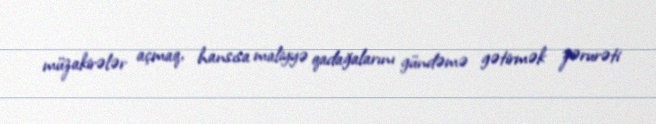
müzakirələr açmaq, hansısa maliyyə qadağalarını gündəmə gətirmək zərurəti